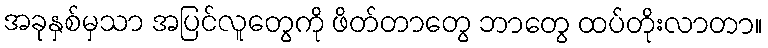
အခုနှစ်မှသာ အပြင်လူတွေကို ဖိတ်တာတွေ ဘာတွေ ထပ်တိုးလာတာ။